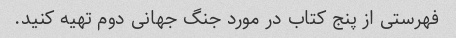
فهرستی از پنج کتاب در مورد جنگ جهانی دوم تهیه کنید.